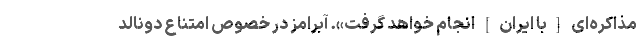
مذاکره‌ای [با ایران] انجام خواهد گرفت». آبرامز در خصوص امتناع دونالد